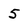
Character: 5